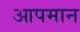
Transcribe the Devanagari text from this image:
आपमान